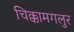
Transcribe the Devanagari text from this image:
चिक्कामगलुर